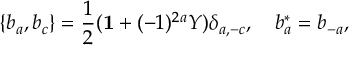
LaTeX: \{ b _ { a } , b _ { c } \} = \frac { 1 } { 2 } ( { \bf 1 } + ( - 1 ) ^ { 2 a } Y ) \delta _ { a , - c } , \quad b _ { a } ^ { * } = b _ { - a } ,